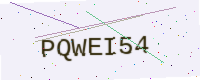
Text: PQWEI54